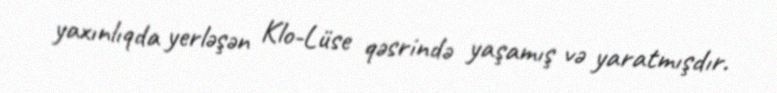
yaxınlıqda yerləşən Klo-Lüse qəsrində yaşamış və yaratmışdır.